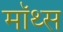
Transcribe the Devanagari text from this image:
मॉथ्स